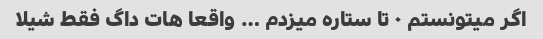
اگر میتونستم ٠ تا ستاره میزدم … واقعا هات داگ فقط شیلا